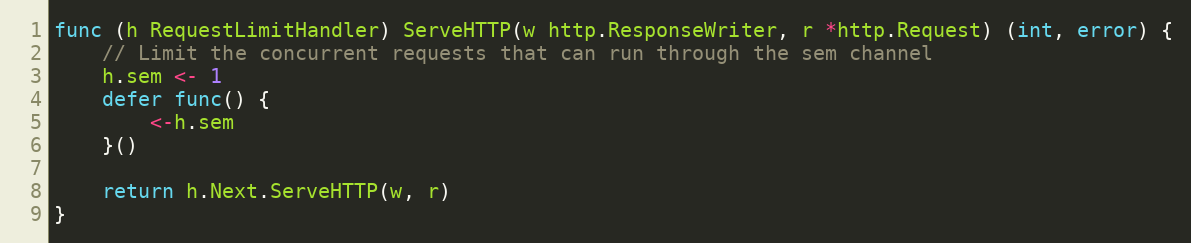
Language: Go
func (h RequestLimitHandler) ServeHTTP(w http.ResponseWriter, r *http.Request) (int, error) {
	// Limit the concurrent requests that can run through the sem channel
	h.sem <- 1
	defer func() {
		<-h.sem
	}()

	return h.Next.ServeHTTP(w, r)
}